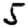
Digit: 5